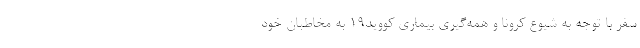
سفر با توجه به شیوع کرونا و همه‌گیری بیماری کووید۱۹ به مخاطبان خود